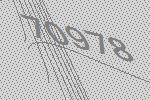
70978